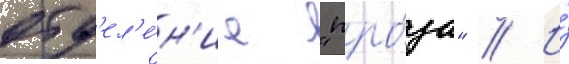
отд'ел'е́н'ие "про́за" // И́